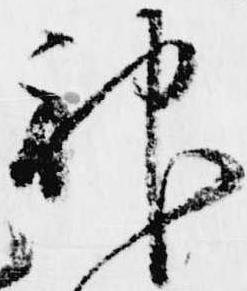
神